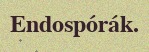
Endospórák.